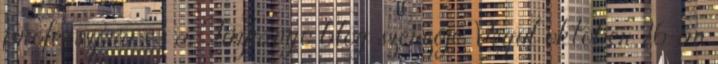
professzora és a Tűzhányó blog szerzője. Végül október 26-án